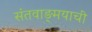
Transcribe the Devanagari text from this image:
संतवाङ्‌मयाची